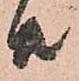
共